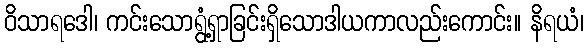
ဝိသာရဒေါ၊ ကင်းသောရွံ့ရှာခြင်းရှိသောဒါယကာလည်းကောင်း။ နိရယံ၊